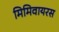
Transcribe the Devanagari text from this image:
मिमिवायरस